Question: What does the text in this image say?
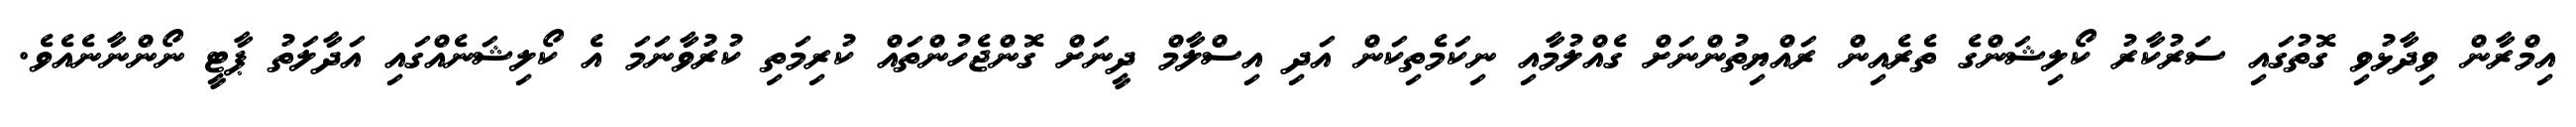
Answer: އިމްރާން ވިދާޅުވި ގޮތުގައި ސަރުކާރު ކޯލިޝަންގެ ތެރެއިން ރައްޔިތުންނަށް ގެއްލުމާއި ނިކަމެތިކަން އަދި އިސްލާމް ދީނަށް ގޮންޖެހުންތައް ކުރިމަތި ކުރުވާނަމަ އެ ކޯލިޝަނެއްގައި އަދާލަތު ޕާޓީ ނޯންނާނެއެވެ.